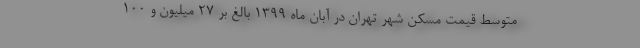
متوسط قیمت مسکن شهر تهران در آبان ماه ۱۳۹۹ بالغ بر ۲۷ میلیون و ۱۰۰